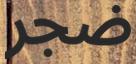
ضجر